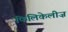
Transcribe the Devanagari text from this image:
फिलिकेलीज़